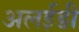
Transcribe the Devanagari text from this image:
अलईडी